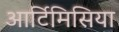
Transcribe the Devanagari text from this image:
आर्टिमिसिया